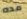
مده